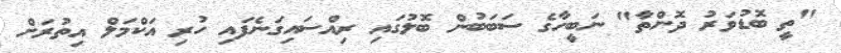
"ތީ ބޮޑުވަރު ދޮންތާ" ނަބީހާގެ ސަބަބުން ބޮލުގައި ރިއްސައިގަނެފައި ހުރި އަކްމަލް އިތުރަށް